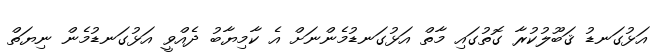
އަޅުގަނޑު ޤަބޫލުކުރާ ގޮތުގައި މާތް އަޅުގަނޑުމެންނަށް އެ ކާމިޔާބު ދެއްވީ އަޅުގަނޑުމެން ނިޔަތް